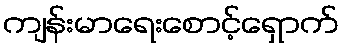
ကျန်းမာရေးစောင့်ရှောက်